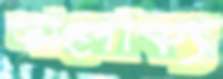
সালোক্য